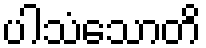
ပါသံသောတိ